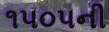
૧૫૦૫ની